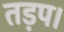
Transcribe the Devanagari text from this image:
तड़प।